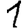
Digit: 1